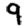
Digit: 9